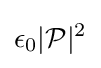
\epsilon _{0}|{\mathcal {P}}|^{2}